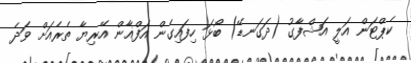
ކެޕްޓަން އަލީ އަޝްފާގު (ދަގަނޑޭ) ބޯޅަ ހިފައިގެން އަފްޣާން އޭރިޔާ ތެރެއަށް ވަދެ